Plague in India, 1896, 1897 - Volume 2
Year: 1896
Disease focus: Plague
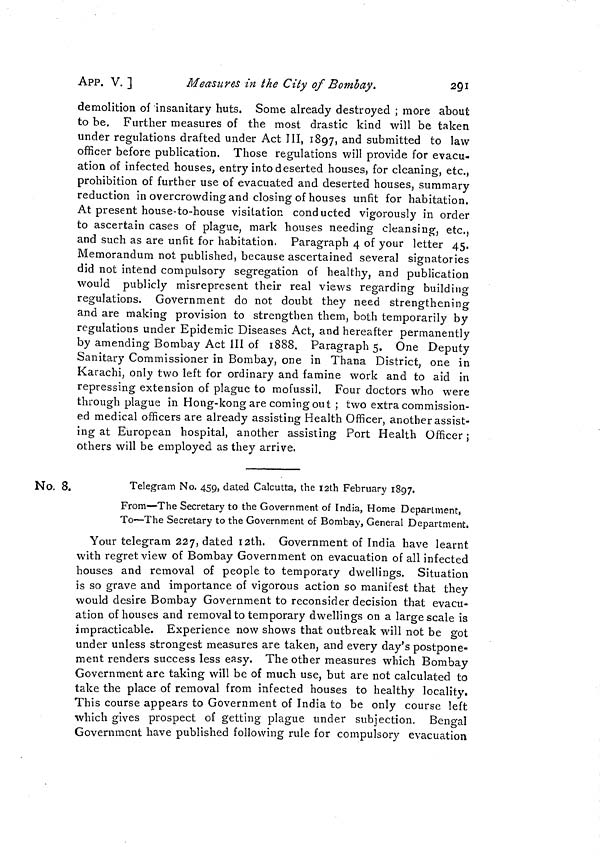
APP. V. ]
Measures in the City of Bombay.
291
demolition of insanitary huts. Some already destroyed ; more about
to be. Further measures of the most drastic kind will be taken
under regulations drafted under Act III, 1897, and submitted to law
officer before publication. Those regulations will provide for evacu-
ation of infected houses, entry into deserted houses, for cleaning, etc.,
prohibition of further use of evacuated and deserted houses, summary
reduction in overcrowding and closing of houses unfit for habitation.
At present house-to-house visitation conducted vigorously in order
to ascertain cases of plague, mark houses needing cleansing, etc.,
and such as are unfit for habitation. Paragraph 4 of your letter 45.
Memorandum not published, because ascertained several signatories
did not intend compulsory segregation of healthy, and publication
would publicly misrepresent their real views regarding building
regulations. Government do not doubt they need strengthening
and are making provision to strengthen them, both temporarily by
regulations under Epidemic Diseases Act, and hereafter permanently
by amending Bombay Act III of 1888. Paragraph 5. One Deputy
Sanitary Commissioner in Bombay, one in Thana District, one in
Karachi, only two left for ordinary and famine work and to aid in
repressing extension of plague to mofussil. Four doctors who were
through plague in Hong-kong are coming out ; two extra commission-
ed medical officers are already assisting Health Officer, another assist-
ing at European hospital, another assisting Port Health Officer ;
others will be employed as they arrive.
No. 8.
Telegram No. 459, dated Calcutta, the i2th February 1897.
From—The Secretary to the Government of India, Home Department,
To—The Secretary to the Government of Bombay, General Department.
Your telegram 227, dated I2th. Government of India have learnt
with regret view of Bombay Government on evacuation of all infected
houses and removal of people to temporary dwellings. Situation
is so grave and importance of vigorous action so manifest that they
would desire Bombay Government to reconsider decision that evacu-
ation of houses and removal to temporary dwellings on a large scale is
impracticable. Experience now shows that outbreak will not be got
under unless strongest measures are taken, and every day's postpone-
ment renders success less easy. The other measures which Bombay
Government are taking will be of much use, but are not calculated to
take the place of removal from infected houses to healthy locality.
This course appears to Government of India to be only course left
which gives prospect of getting plague under subjection. Bengal
Government have published following rule for compulsory evacuation